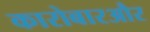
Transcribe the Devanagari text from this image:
कारोबारऔर